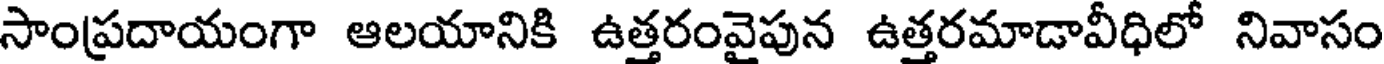
సాంప్రదాయంగా ఆలయానికి ఉత్తరంవైపున ఉత్తరమాడావీధిలో నివాసం